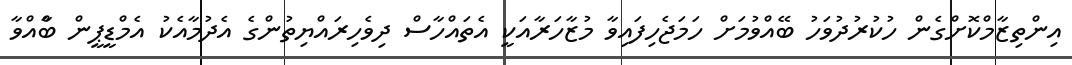
އިންތިޒާމްކޮށްގެން ހުކުރުދުވަހު ބޭއްވުމަށް ހަމަޖެހިފައިވާ މުޒާހަރާއަކީ އެތައްހާސްް ދިވެހިރައްޔިތުންގެ އެދުމާއެކު އެމްޑީޕީން ބާްއްވާ